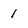
Character: 1